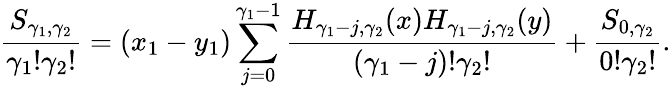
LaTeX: \frac{S_{\gamma_{1},\gamma_{2}}}{\gamma_{1}!\gamma_{2}!}=(x_{1}-y_{1})\sum_{j=0}^{\gamma_{1}-1}\frac{H_{\gamma_{1}-j,\gamma_{2}}(x)H_{\gamma_{1}-j,\gamma_{2}}(y)}{(\gamma_{1}-j)!\gamma_{2}!}+\frac{S_{0,\gamma_{2}}}{0!\gamma_{2}!}.